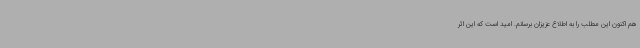
هم اکنون این مطلب را به اطلاع عزیزان برسانم. امید است که این اثر